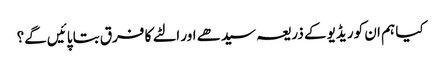
کیا ہم ان کو ریڈیو کے ذریعہ سیدھے اور الٹے کا فرق بتا پائیں گے؟